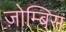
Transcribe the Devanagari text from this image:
ज़ोम्बिस